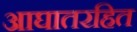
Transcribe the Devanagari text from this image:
आघातरहित